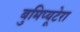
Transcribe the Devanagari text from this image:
बुमिप्यूटेरा